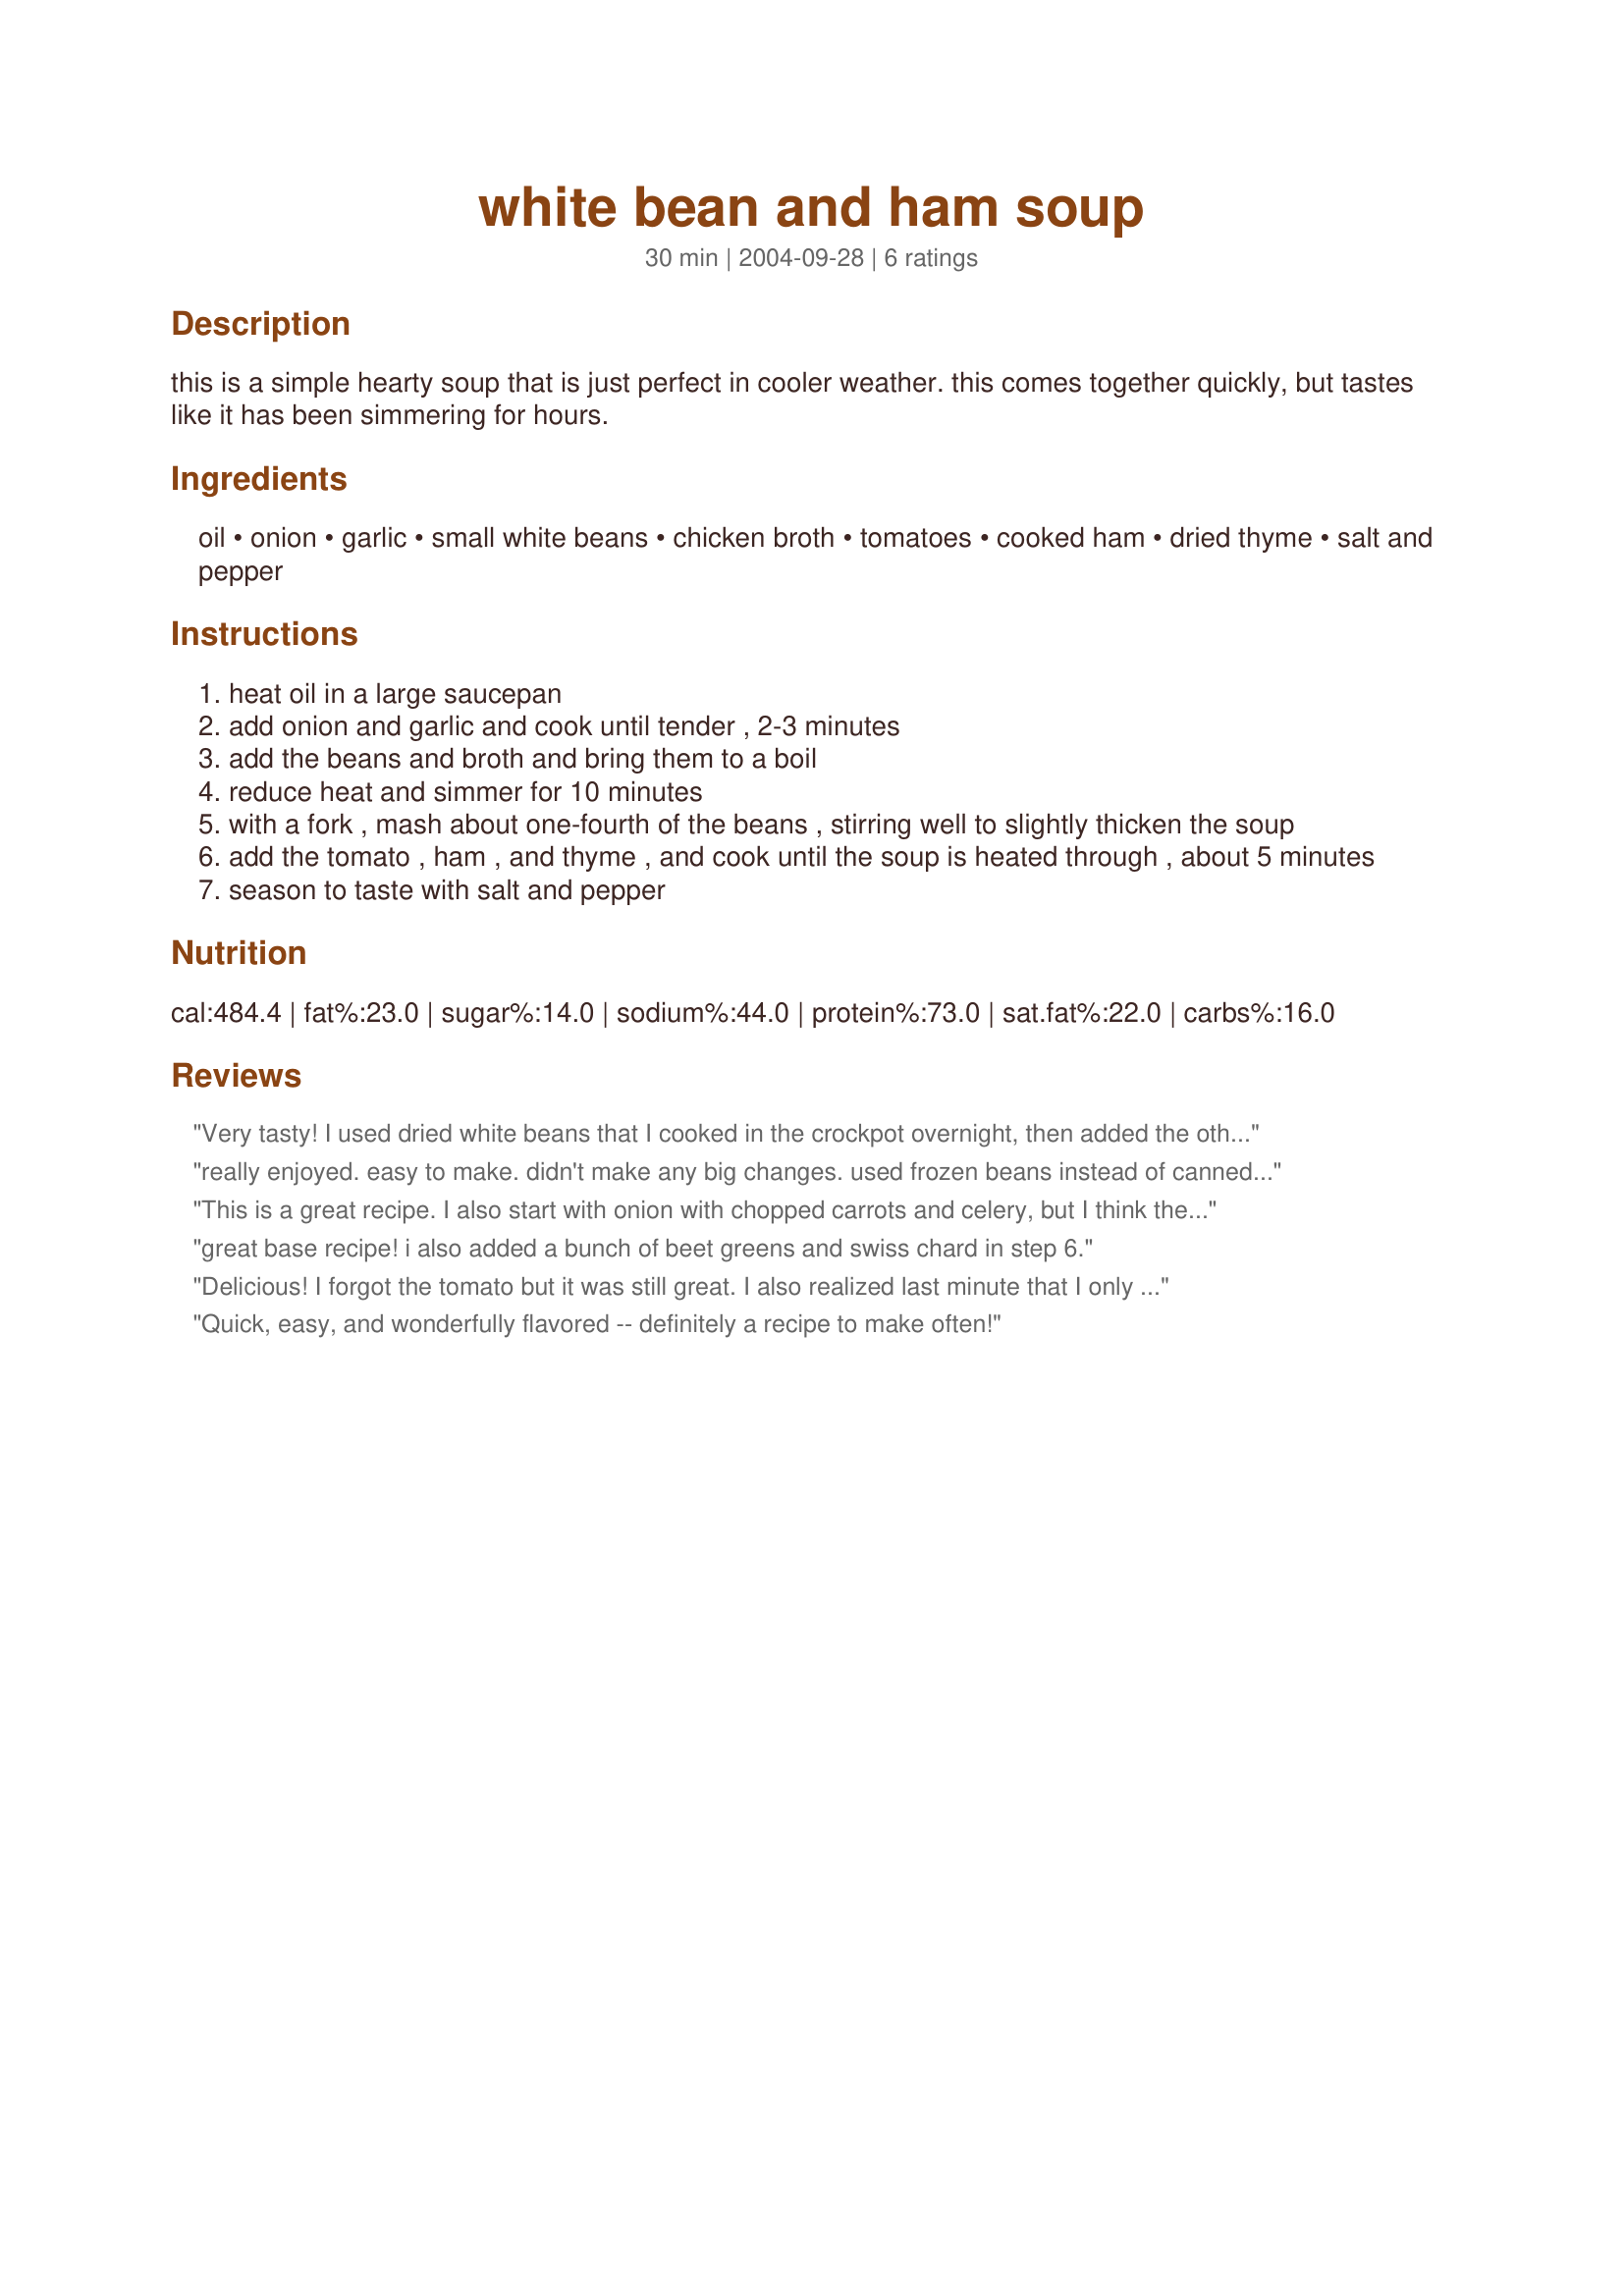
white bean and ham soup
Preparation time: 30 minutes

this is a simple hearty soup that is just perfect in cooler weather. this comes together quickly, but tastes like it has been simmering for hours.

Ingredients:
oil, onion, garlic, small white beans, chicken broth, tomatoes, cooked ham, dried thyme, salt and pepper

Steps:
heat oil in a large saucepan
add onion and garlic and cook until tender , 2-3 minutes
add the beans and broth and bring them to a boil
reduce heat and simmer for 10 minutes
with a fork , mash about one-fourth of the beans , stirring well to slightly thicken the soup
add the tomato , ham , and thyme , and cook until the soup is heated through , about 5 minutes
season to taste with salt and pepper

Reviews:
Very tasty! I used dried white beans that I cooked in the crockpot overnight, then added the other ingredients this morning and cooked for another hour or so. I did not use a tomato and found that with the ham being salty, we did not need to add any salt, just pepper. Great recipe--also would freeze well.
really enjoyed. easy to make. didn't make any big changes. used frozen beans instead of canned. helped use up some of the leftover holiday ham. thanks for sharing.
This is a great recipe. I also start with onion with chopped carrots and celery, but I think the key ingredient is the thyme as spice/herb. Simple is good.
great base recipe! i also added a bunch of beet greens and swiss chard in step 6.
Delicious! I forgot the tomato but it was still great. I also realized last minute that I only had about an 1/8 of a tsp. of thyme so I used about 1/2 tsp. of rosemary as well and it worked perfectly. Exactly how I remember my mom's growing up. Thanks for posting this keeper!
Quick, easy, and wonderfully flavored -- definitely a recipe to make often!
